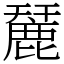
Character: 麉